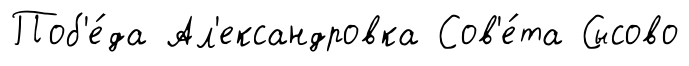
Поб'е́да Ал'ександровка Сов'е́та Сысово